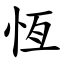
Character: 恆